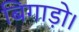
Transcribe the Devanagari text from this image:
बिगाड़ो।